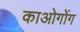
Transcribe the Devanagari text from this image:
काओगोंग